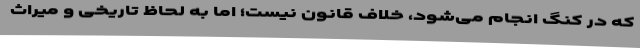
که در کنگ انجام می‌شود، خلاف قانون نیست؛ اما به لحاظ تاریخی و میراث